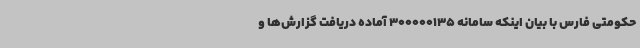
حکومتی فارس با بیان اینکه سامانه 300000135 آماده دریافت گزارش‌ها و